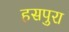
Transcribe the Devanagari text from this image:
हसपुरा